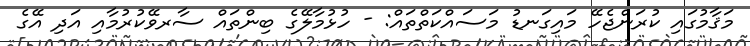
މަޤާމުގައި ކުރަންޖެހޭ މައިގަނޑު މަސައްކަތްތައް: - ހުޅުމާލޭގެ ބިންތައް ސާރވޭކުރުމާއި އަދި އޭގެ